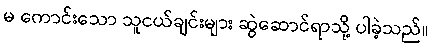
မ ကောင်းသော သူငယ်ချင်းများ ဆွဲဆောင်ရာသို့ ပါခဲ့သည်။